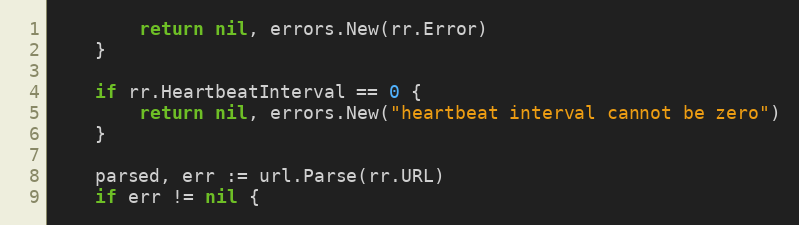
Language: Go
		return nil, errors.New(rr.Error)
	}

	if rr.HeartbeatInterval == 0 {
		return nil, errors.New("heartbeat interval cannot be zero")
	}

	parsed, err := url.Parse(rr.URL)
	if err != nil {